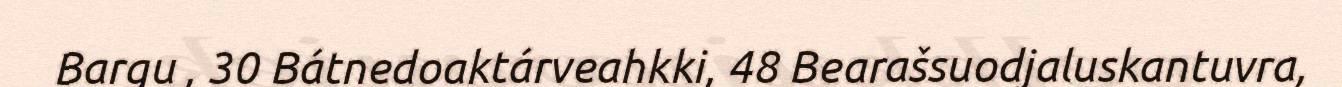
Bargu , 30 Bátnedoaktárveahkki, 48 Bearašsuodjaluskantuvra,